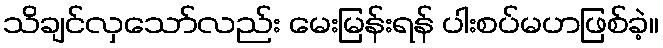
သိချင်လှသော်လည်း မေးမြန်းရန် ပါးစပ်မဟဖြစ်ခဲ့။